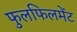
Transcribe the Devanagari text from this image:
फुलफिलमेंट